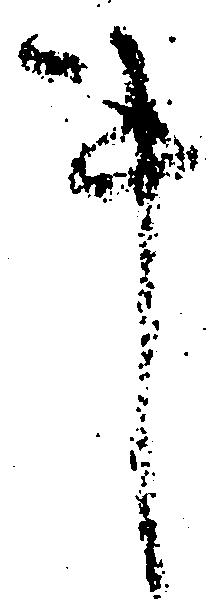
事